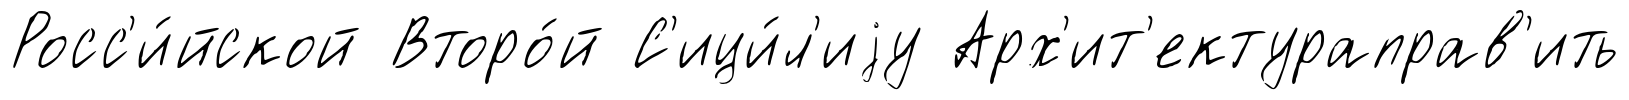
Росс'и́йской Второ́й С'ици́л'иjу Арх'ит'ектураправ'ить